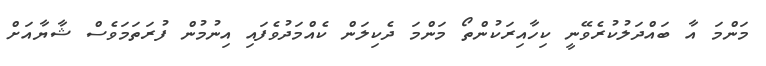
މަންމަ އާ ބައްދަލުކުރެވޭނީ ކިހާއިރަކުންތޯ މަންމަ ދެކިލަން ކެއްމަދުވެފައި އިނުމުން ފުރަތަމަވެސް ޝާޔާއަށް